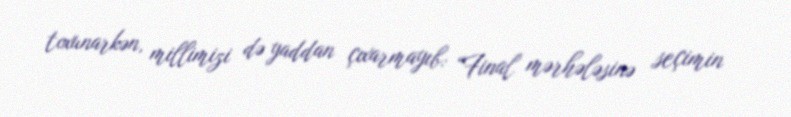
toxunarkən, millimizi də yaddan çıxarmayıb: “Final mərhələsinə seçimin